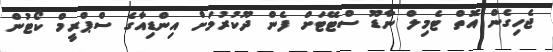
ޖެހިގެން އޮތް ޓެމިލް ނާޑޫ ސްޓޭޓަށް ފެން ދޫކުރުމަށް އިންޑިއާގެ ސްޕްރީމް ކޯޓުން